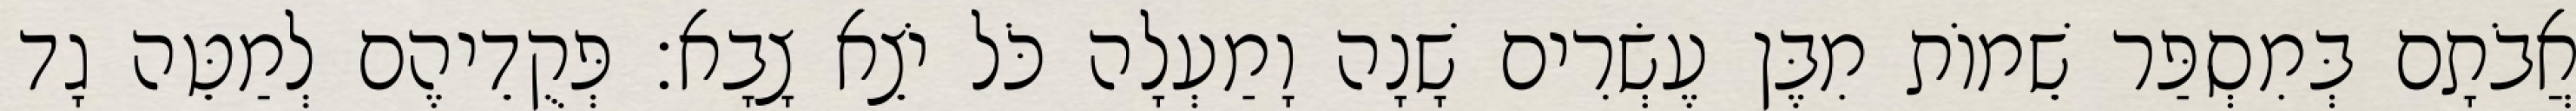
אֲבֹתָם בְּמִסְפַּר שֵׁמוֹת מִבֶּן עֶשְׂרִים שָׁנָה וָמַעְלָה כֹּל יֹצֵא צָבָא׃ פְּקֻדֵיהֶם לְמַטֵּה גָד